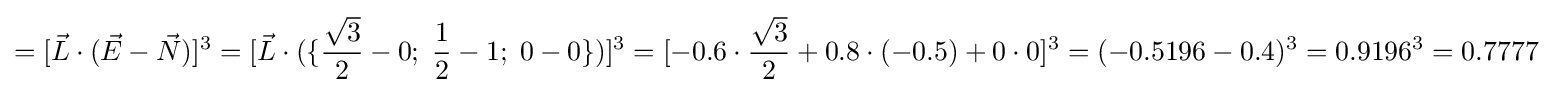
=[{\vec {L}}\cdot ({\vec {E}}-{\vec {N}})]^{3}=[{\vec {L}}\cdot (\{{\frac {\sqrt {3}}{2}}-0;\;{\frac {1}{2}}-1;\;0-0\})]^{3}=[-0.6\cdot {\frac {\sqrt {3}}{2}}+0.8\cdot (-0.5)+0\cdot 0]^{3}=(-0.5196-0.4)^{3}=0.9196^{3}=0.7777